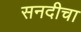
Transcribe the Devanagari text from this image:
सनदीचा